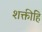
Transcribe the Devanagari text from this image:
शक्तीहि